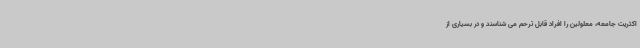
اکثریت جامعه، معلولین را افراد قابل ترحم می شناسند و در بسیاری از